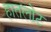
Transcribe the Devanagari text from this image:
हातलोट